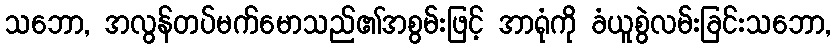
သဘော, အလွန်တပ်မက်မောသည်၏အစွမ်းဖြင့် အာရုံကို ခံယူစွဲလမ်းခြင်းသဘော,